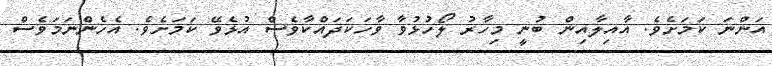
އަންނަ ކަމަށެވެ. އާއިލާއިން ބުނީ މިހާރު ލޯހުޅުވާ ވާހަކަދައްކާވެސް އުޅެވޭ ކަަމަށެވެ. އެހެންނަމަވެސް